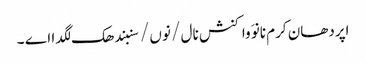
اپردھان کرم نانوَ واکنش نال / نوں / سنبندھک لگدا اے ۔